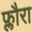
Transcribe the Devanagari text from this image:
फ्लौरा